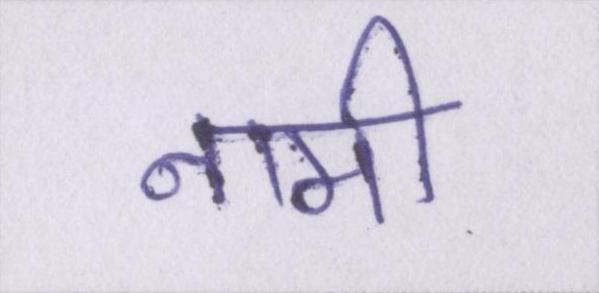
नामी